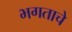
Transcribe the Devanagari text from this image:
भगताचे